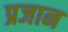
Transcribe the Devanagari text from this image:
प्रजान